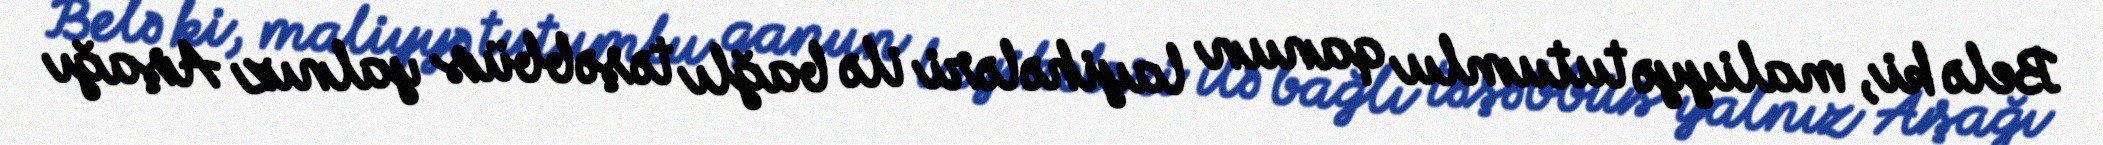
Belə ki, maliyyə tutumlu qanun layihələri ilə bağlı təşəbbüs yalnız Aşağı